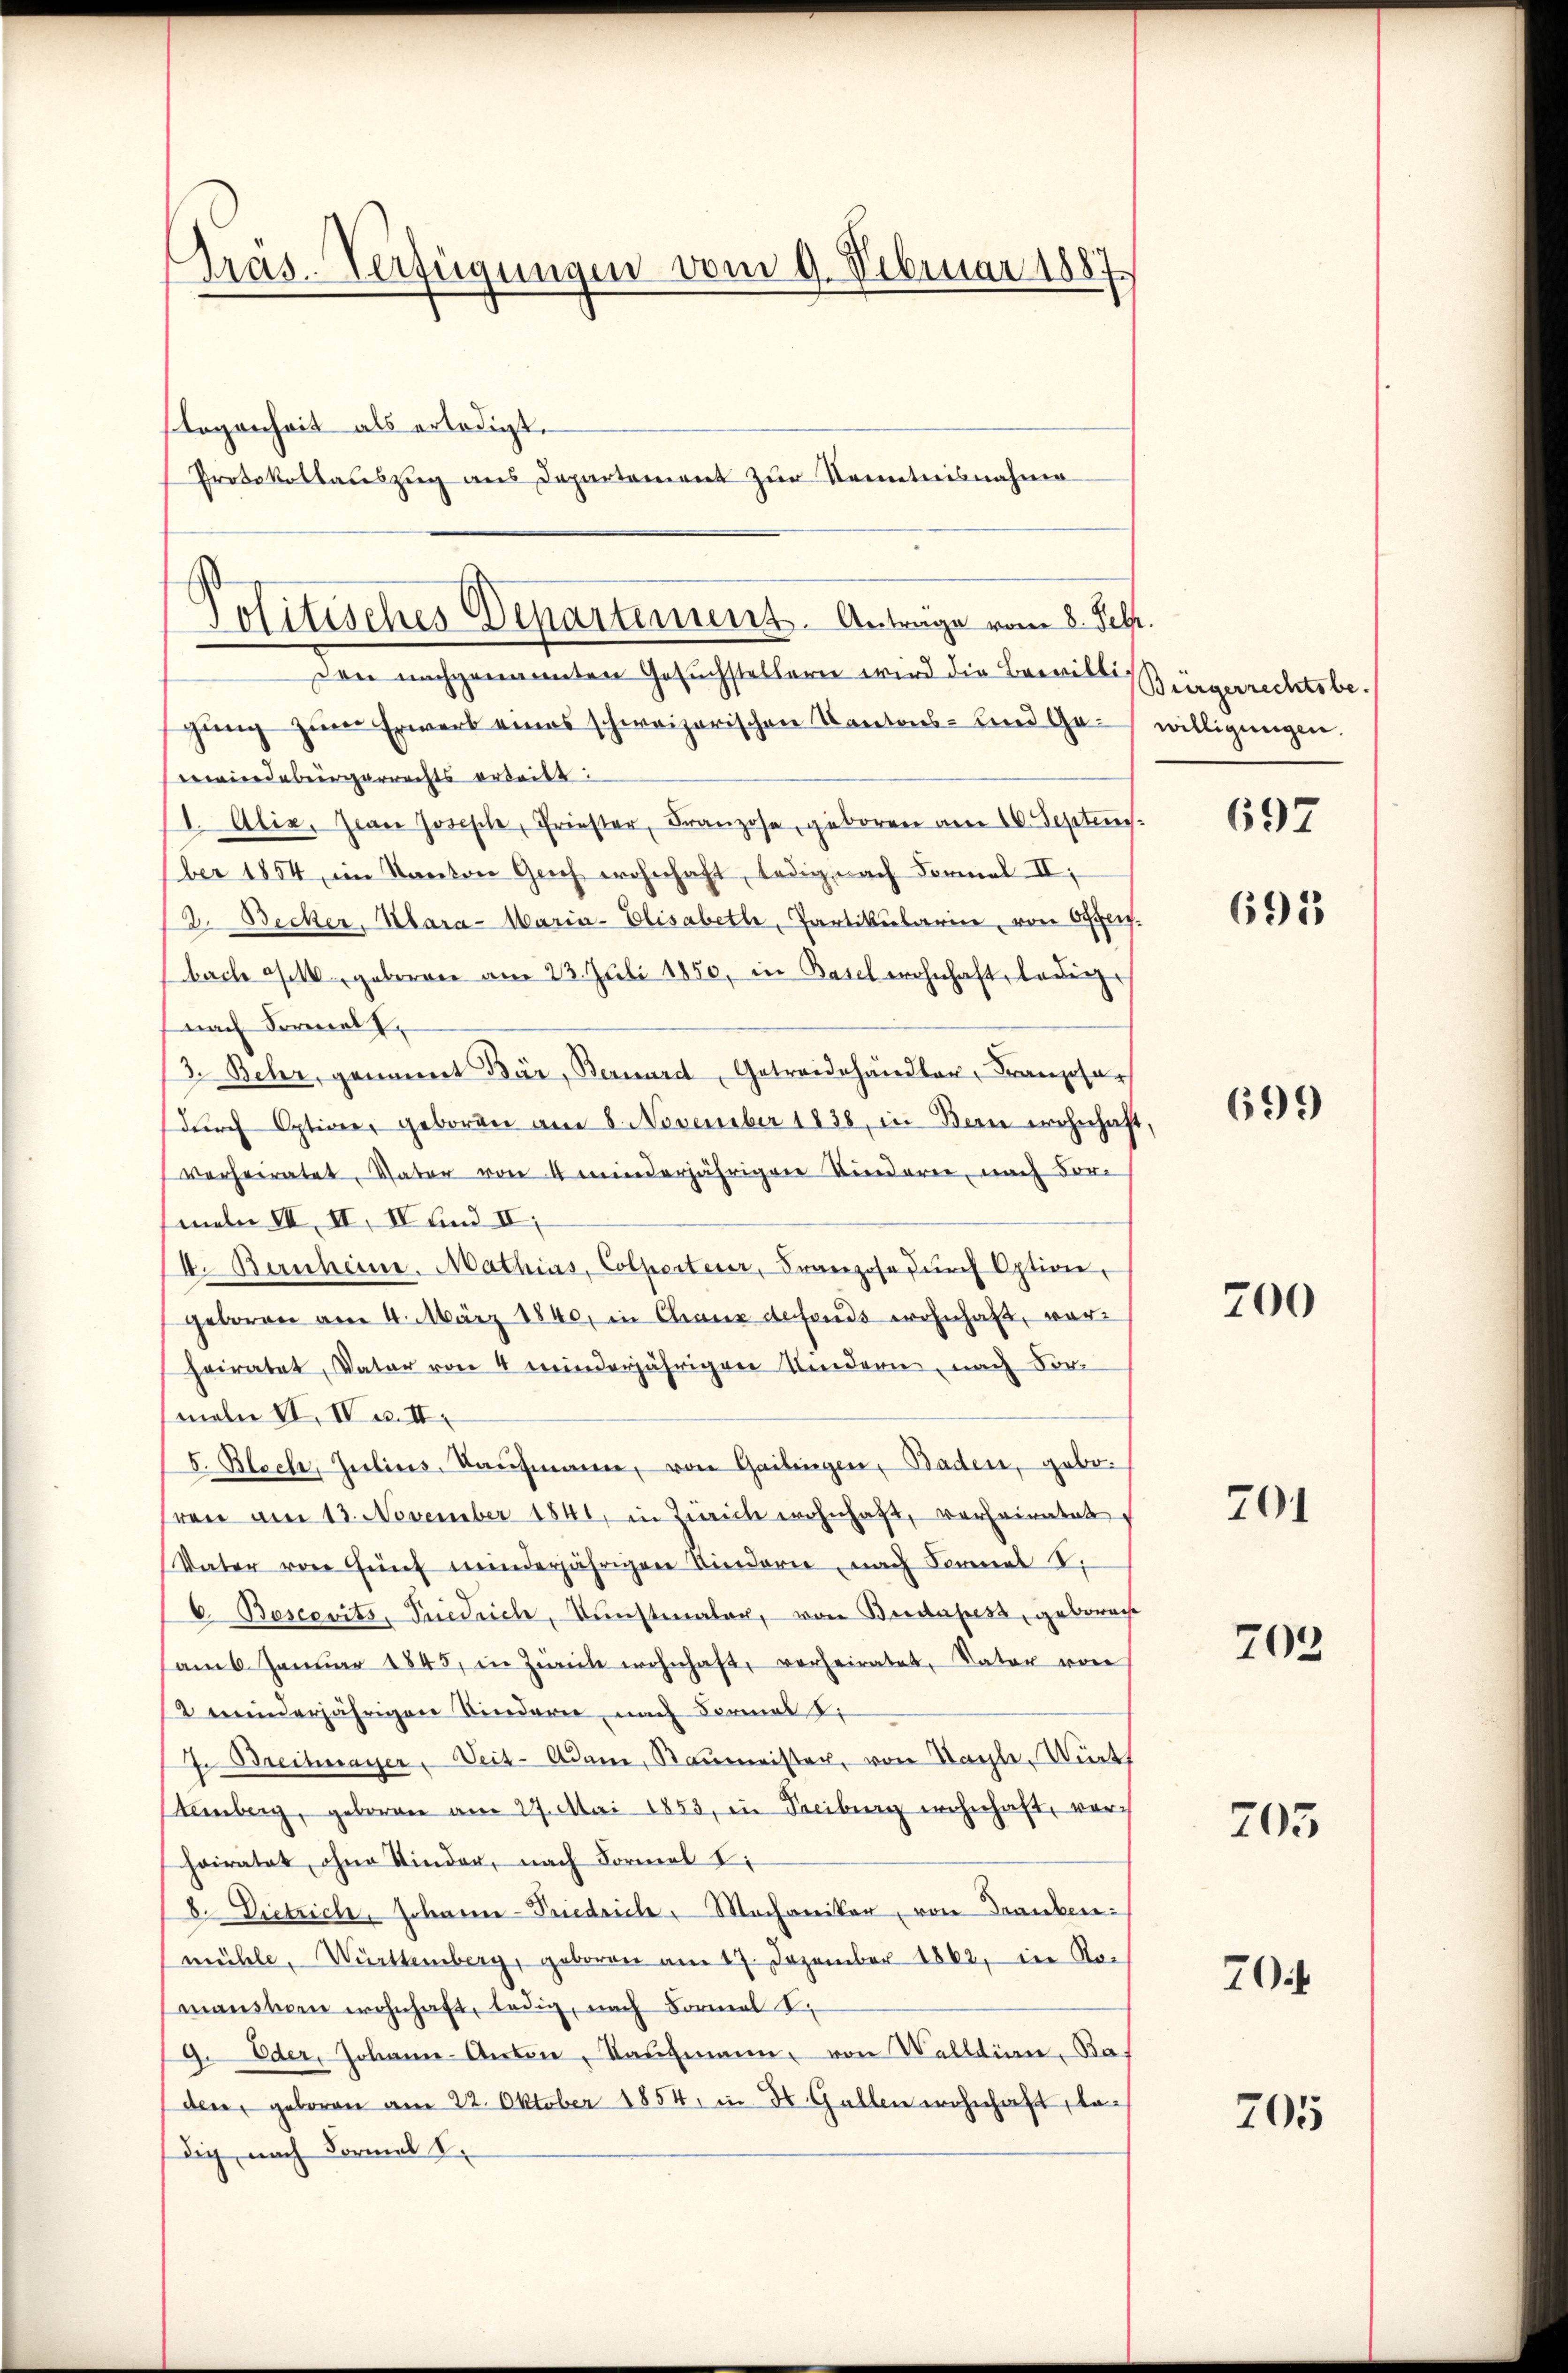
Tras. Verfügungen vom 9. Februar 1887
Logenheit als erledigt.
Protokollauszug aus Departement zŭr Kenntnisnahme

Jolitisches Departement. Antrage vom 8. Jetz.
Den nachgenannten Gesuchstellern wird die Bewilli¬

gung zum Erwerk eines schweizerischen Kantons- und Gerwindebürgerrechts arteilt.
I. Alie. Zwei Joseph, Friester, Franzose, geboren am 16. September 1854, im Kanton Geich wohnhaft, ledig, nach Formal II.
12. Becker, Kara-Maria-Elisabethe, Partikularin, von Offen.
bach oft geborene am 23. Juli 1850, in Basel wohnhaft, ledige
nach Formel,
3. Behr, genant Bär, Bernard, Getreidehändler, Franzosar
dŭrch Option, geboren am 8. November 1838, in Bern wohnhaft,
verheiratet, Vater von 4 minderjährigen Kinderen, nach Vor-
meln III, II, IV und II.
I. Berscheine. Mathias, Colperteur, Franzose durch Option,
geboren am 4. März 1840, in Chaux defonds wohnhaft, vorheiratet, Vater von 4 minderjährigen Kindern, nach Formeln II. IV u. II.
5. Bloch, Julius, Kaŭfmann, von Gailingen, Baden, geboren am 13. November 1841, in Zürich wohnhaft, verheiratet
Vater von fünf minderjährigen Kindern, nach Formel I.
C. Boscerits, Friedrich, Kunstmaler, von Budapest, gebrache
am 6. Janŭar 1845, in Zwei wohnhaft, vorheiratet, Vater von
12 minderjährigen Kinderer, nach Formal S.
J. Breitwager, Veit- Adam, Raumeister, von Nachte. Württ
temberg, geboren am 27. Mai 1853, in Freiburg wohnhaft, vor
hairatet, ohne Kinder, nach Formel Li
8. Dietrich, Johann-Friedrich. Mochaniker, von Trauben:
mühle, Württemberg, geboren am 17. Dezember 1862, in Kor
manstern wohnhaft, ledig, nach Formel I
9. Oder, Johann-Anton, Kaŭfmann, von Wallian Baden, geboren am 22. Oktober 1854, in St. Gallen wohnhaft, dadig, nach Formal S.

Bürgerrechtsbe-
willigungen.

697

691

699

700

704

703

205

704

705